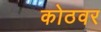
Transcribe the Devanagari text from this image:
कोठवर